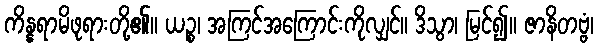
ကိန္နရာမိဖုရားတို့၏။ ယဉ္စ၊ အကြင်အကြောင်းကိုလျှင်။ ဒိသွာ၊ မြင်၍။ ဇာနိတဗ္ဗံ၊